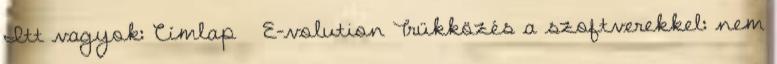
Itt vagyok: Címlap E-volution Trükközés a szoftverekkel: nem